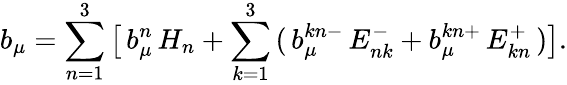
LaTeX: b_{\mu}=\sum_{n=1}^{3}\, \bigl[\, b_{\mu}^{n}\, H_{n}+\sum_{k=1}^{3}\, (\, b_{\mu}^{kn-}\, E_{nk}^{-}+b_{\mu}^{kn+}\, E_{kn}^{+}\, )\bigr].